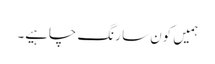
ہمیں کون سا رنگ چاہیے۔